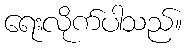
ရေးလိုက်ပါသည်။